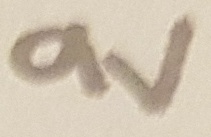
Text: 9V